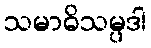
သမာဓိသမ္ပဒါ